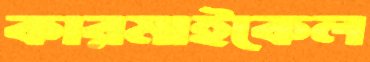
কারমাইকেল